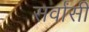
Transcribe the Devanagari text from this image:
सर्वांसी